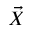
\vec { X }